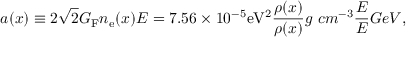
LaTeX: a ( x ) \equiv 2 \sqrt { 2 } G _ { \mathrm { F } } n _ { \mathrm { e } } ( x ) E = 7 . 5 6 \times 1 0 ^ { - 5 } \mathrm { e V ^ { 2 } } \frac { \rho ( x ) } { \rho ( x ) } { g ~ c m ^ { - 3 } } \frac { E } { E } { G e V } ,